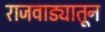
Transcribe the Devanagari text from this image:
राजवाड्यातून